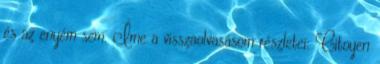
és az enyém sem. Íme a visszaolvasásom részletei: Citoyen